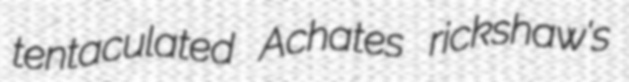
tentaculated Achates rickshaw's